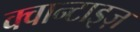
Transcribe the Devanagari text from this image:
क्वान्टाइज़